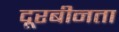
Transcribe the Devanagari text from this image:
दूरबीनता